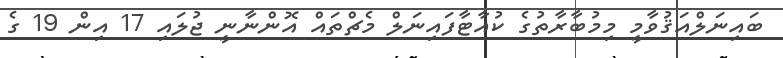
ބައިނަލްއަޤުވާމީ މިމުބާރާތުގެ ކުއާޓާފައިނަލް މެޗްތައް އޮންނާނީ ޖުލައި 17 އިން 19 ގެ